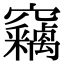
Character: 竊